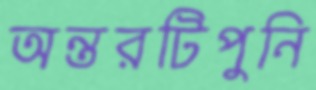
অন্তরটিপুনি